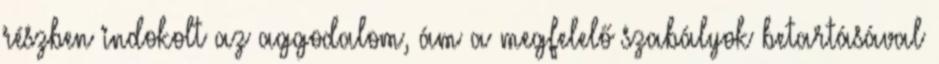
részben indokolt az aggodalom, ám a megfelelő szabályok betartásával